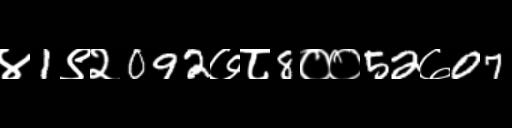
Text: ४1९२092७८8००52७07